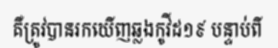
គឺត្រូវបានរកឃើញឆ្លងកូវីដ១៩ បន្ទាប់ពី